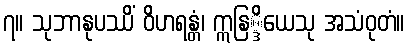
၇။ သုဘာနုပဿိံ ဝိဟရန္တံ၊ ဣနြ္ဒိယေသု အသံဝုတံ။